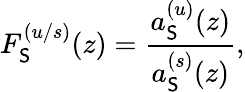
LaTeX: F_{\mathsf{S}}^{(u/s)}(z)=\frac{{a_{\mathsf{S}}^{(u)}(z)}}{{a_{\mathsf{S}}^{(s)}(z)}},